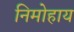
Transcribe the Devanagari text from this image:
निमोहाय